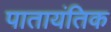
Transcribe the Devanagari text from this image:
पातायंतिक